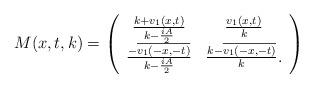
LaTeX: \begin{align*} M(x,t,k)=\left( \begin{array}{cc} \frac{k+v_1(x,t)}{k-\frac{iA}{2}} & \frac{v_1(x,t)}{k} \\ \frac{-\overline{v_1(-x,-t)}}{k-\frac{iA}{2}} & \frac{k-\overline{v_1(-x,-t)}}{k}. \end{array} \right)\end{align*}